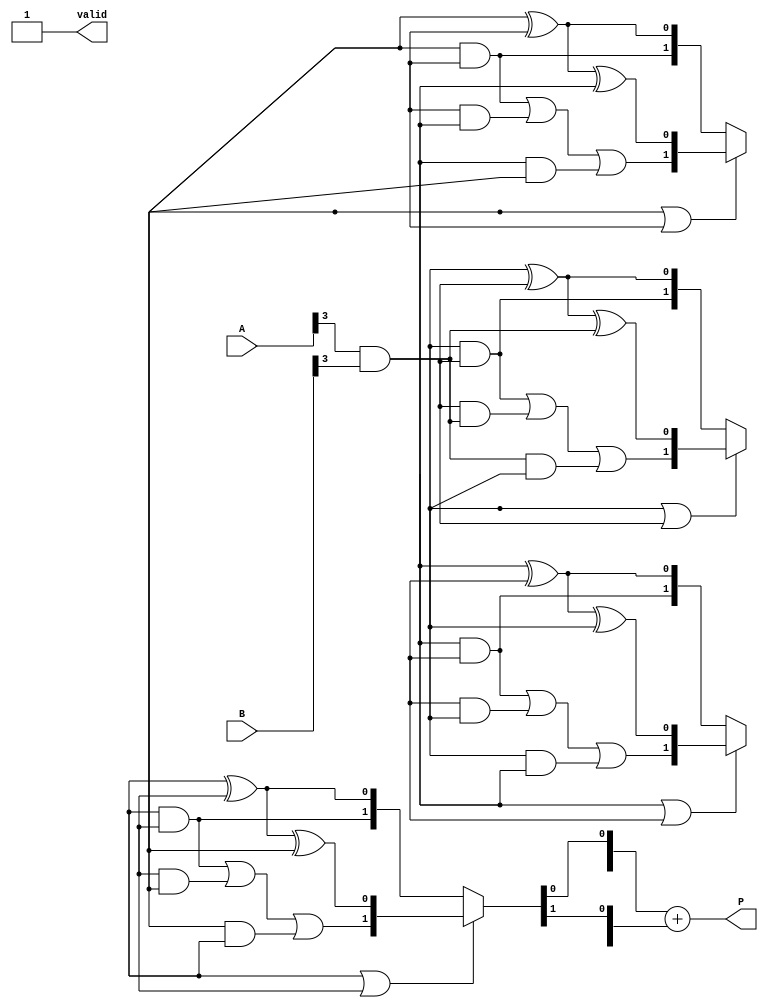
module async_wallace_tree_multiplier #(parameter A_WIDTH = 4, B_WIDTH = 4, PRODUCT_WIDTH = A_WIDTH + B_WIDTH) (
    input [A_WIDTH-1:0] A,
    input [B_WIDTH-1:0] B,
    output reg [PRODUCT_WIDTH-1:0] P,
    output reg valid
);

// Generate partial products
wire [A_WIDTH*B_WIDTH-1:0] partial_products;
genvar i, j;
generate
    for (i = 0; i < A_WIDTH; i = i + 1) begin : gen_partial_products
        for (j = 0; j < B_WIDTH; j = j + 1) begin : gen_partial_products_inner
            assign partial_products[i*B_WIDTH + j] = A[i] & B[j];
        end
    end
endgenerate

// Wallace tree reduction
wire [PRODUCT_WIDTH-1:0] sum;
wire [PRODUCT_WIDTH-1:0] carry;

// Half adder
function [1:0] half_adder(input a, input b);
    half_adder = {a & b, a ^ b};
endfunction

// Full adder
function [2:0] full_adder(input a, input b, input c);
    full_adder = {(a & b) | (b & c) | (c & a), a ^ b ^ c};
endfunction

// Reduction logic (simplified for demonstration)
reg [PRODUCT_WIDTH-1:0] stage1 [0:A_WIDTH+B_WIDTH-1];
integer stage;
integer k;

always @* begin
    // Initial stage: load the partial products
    for (k = 0; k < A_WIDTH * B_WIDTH; k = k + 1) begin
        stage1[0][k] = partial_products[k];
    end

    // Wallace tree reduction (simplified)
    for (stage = 1; stage < A_WIDTH + B_WIDTH; stage = stage + 1) begin
        for (k = 0; k < (A_WIDTH * B_WIDTH) / 2; k = k + 1) begin
            if (stage1[stage-1][2*k] || stage1[stage-1][2*k+1]) begin
                {carry[2*k], sum[2*k]} = full_adder(stage1[stage-1][2*k], stage1[stage-1][2*k+1], stage1[stage-1][2*k+2]);
            end else begin
                {carry[2*k], sum[2*k]} = half_adder(stage1[stage-1][2*k], stage1[stage-1][2*k+1]);
            end
        end
    end

    // Final product calculation
    P = sum + carry; // Simplified final stage
    valid = 1'b1; // Indicate that the output is valid
end

endmodule